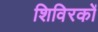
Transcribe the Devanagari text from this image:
शिविरकों